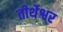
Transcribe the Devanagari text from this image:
तीर्थेश्वर